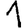
Digit: 1